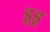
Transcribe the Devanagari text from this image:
डूडू